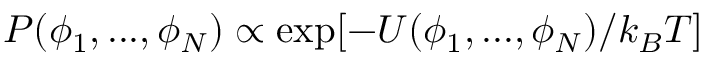
P ( \phi _ { 1 } , . . . , \phi _ { N } ) \propto \exp [ - U ( \phi _ { 1 } , . . . , \phi _ { N } ) / k _ { B } T ]